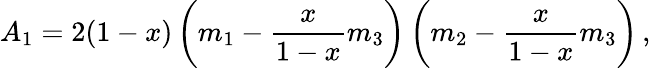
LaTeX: A_{1}=2(1-x)\left(m_{1}-\frac{x}{1-x}m_{3}\right)\left(m_{2}-\frac{x}{1-x}m_{3}\right)\, ,